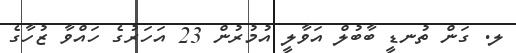
ލ. ގަން ތުނޑީ ބާބުލް އަވާލީ އުމުރުން 23 އަހަރުގެ ހައްވާ ޒުހާގެ